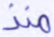
منذ